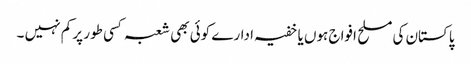
پاکستان کی مسلح افواج ہوں یا خفیہ ادارے کوئی بھی شعبہ کسی طور پر کم نہیں ۔